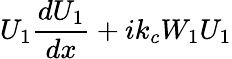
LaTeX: U_{1}\frac{dU_{1}}{dx}+ik_{c}W_{1}U_{1}